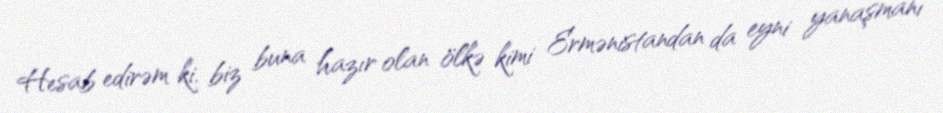
Hesab edirəm ki, biz buna hazır olan ölkə kimi Ermənistandan da eyni yanaşmanı